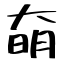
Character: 奛